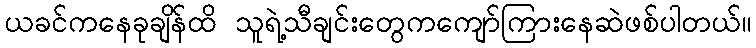
ယခင်ကနေခုချိန်ထိ သူရဲ့သီချင်းတွေကကျော်ကြားနေဆဲဖစ်ပါတယ်။